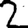
Digit: 2